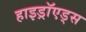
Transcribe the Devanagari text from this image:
हाइड्रॉएड्स